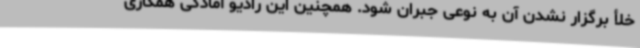
خلأ برگزار نشدن آن به نوعی جبران شود. همچنین این رادیو آمادگی همکاری